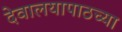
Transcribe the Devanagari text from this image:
देवालयापाठच्या